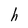
Character: h